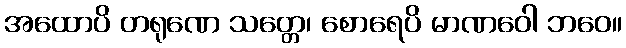
အထောပိ တရုဏေ သတ္တေ၊ စောရေပိ မာဏဝေါ ဘဝေ။